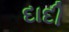
દાદી